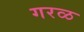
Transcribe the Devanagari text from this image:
गरळ